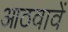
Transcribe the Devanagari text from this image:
आठवावें